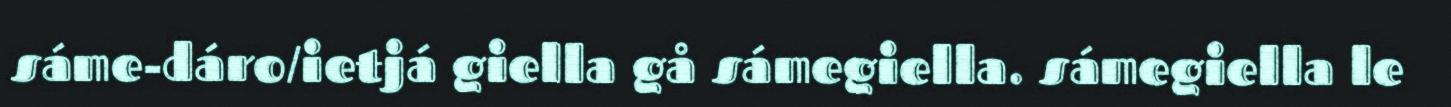
sáme-dáro/ietjá giella gå sámegiella. sámegiella le